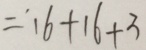
= ^ { \cdot } 1 6 + 1 6 + 3